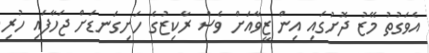
އެވަގުތު މޭޒު ދޮށުގައި އިން ޒީވާއަށް ވެސް ރާކިޒުގެ ހަށިގަނޑަށް ޖަހާފައި ހުރި